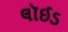
લૉઈડ